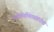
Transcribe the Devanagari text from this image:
ज्योतिर्गणितासंबंधीचा